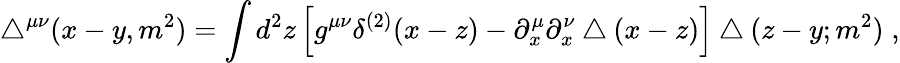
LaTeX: \bigtriangleup^{\mu\nu}(x-y,m^{2})=\int d^{2}z\left[g^{\mu\nu}\delta^{(2)}(x-z)-\partial_{x}^{\mu}\partial_{x}^{\nu}\bigtriangleup(x-z)\right]\bigtriangleup(z-y;m^{2})\; ,